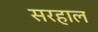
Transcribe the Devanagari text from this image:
सरहाल